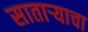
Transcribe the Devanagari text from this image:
साताऱ्याचा